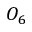
O _ { 6 }